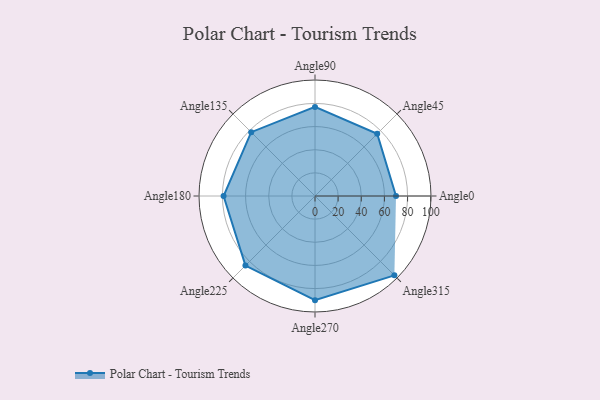
{"axis": {"x": "Angle", "y": "Radius"}, "legend": [""], "data": [{"x": "Angle0", "y": 70.0, "type": ""}, {"x": "Angle45", "y": 76.0, "type": ""}, {"x": "Angle90", "y": 77.0, "type": ""}, {"x": "Angle135", "y": 78.0, "type": ""}, {"x": "Angle180", "y": 79.0, "type": ""}, {"x": "Angle225", "y": 85.0, "type": ""}, {"x": "Angle270", "y": 90.0, "type": ""}, {"x": "Angle315", "y": 97.0, "type": ""}]}